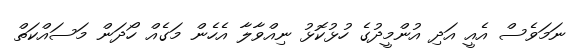
ނަމަވެސް އެއީ އަދި އުންމީދުގެ ހުޅުކޮޅު ނިއްވާލާ އެހެން މަގެއް ހޯދަން މަސައްކަތް